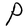
Character: P